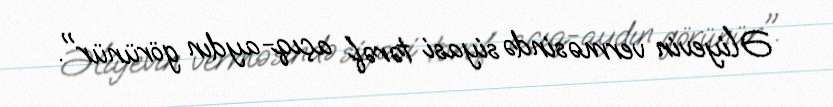
Əliyevin verməsində siyasi tərəf açıq-aydın görünür".